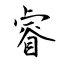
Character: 睿